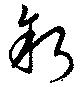
叙